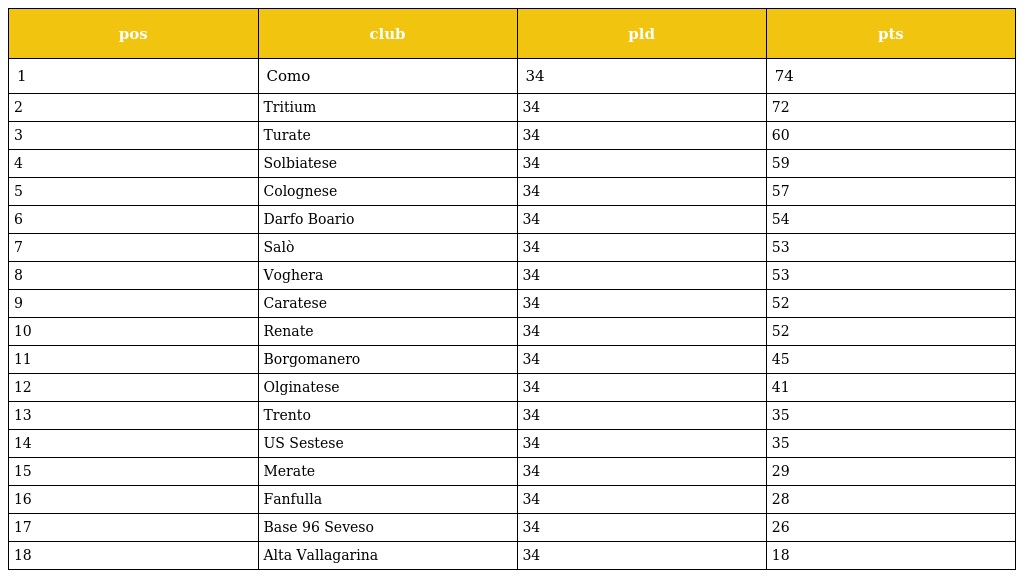
| pos | club | pld | pts |
 | --- | --- | --- | --- |
 | 1 | Como | 34 | 74 |
 | 2 | Tritium | 34 | 72 |
 | 3 | Turate | 34 | 60 |
 | 4 | Solbiatese | 34 | 59 |
 | 5 | Colognese | 34 | 57 |
 | 6 | Darfo Boario | 34 | 54 |
 | 7 | Salò | 34 | 53 |
 | 8 | Voghera | 34 | 53 |
 | 9 | Caratese | 34 | 52 |
 | 10 | Renate | 34 | 52 |
 | 11 | Borgomanero | 34 | 45 |
 | 12 | Olginatese | 34 | 41 |
 | 13 | Trento | 34 | 35 |
 | 14 | US Sestese | 34 | 35 |
 | 15 | Merate | 34 | 29 |
 | 16 | Fanfulla | 34 | 28 |
 | 17 | Base 96 Seveso | 34 | 26 |
 | 18 | Alta Vallagarina | 34 | 18 |